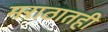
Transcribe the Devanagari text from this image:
मराठातही